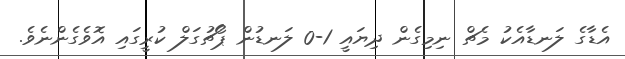
އެޑާގެ ލަނޑާއެކު މެޗް ނިމިގެން ދިޔައީ 1-0 ލަނޑުން ޕޯޗުގަލް ކުރީގައި އޮވެގެންނެވެ.